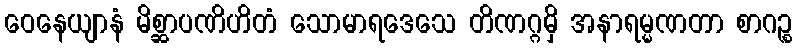
ဝေနေယျာနံ မိစ္ဆာပဏိဟိတံ သောမာရဒေသေ တိဏဂ္ဂမှိ အနာရမ္မဏတာ စာဂဉ္စ